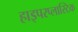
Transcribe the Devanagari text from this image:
हाइपरप्लास्टिक